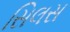
સિલસ